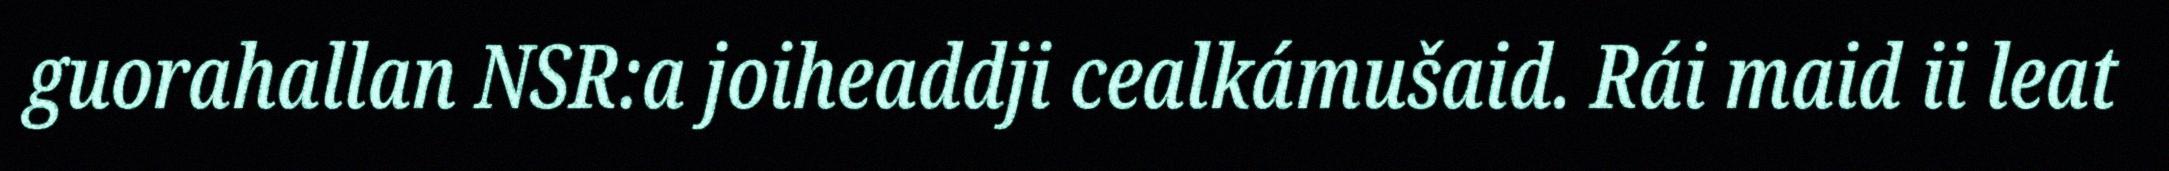
guorahallan NSR:a joiheaddji cealkámušaid. Rái maid ii leat